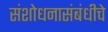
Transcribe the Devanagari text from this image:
संशोधनासंबंधीचे